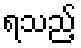
ရသည့်